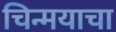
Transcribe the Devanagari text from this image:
चिन्मयाचा